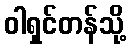
ဝါရှင်တန်သို့